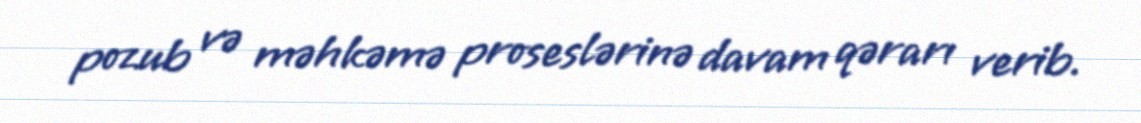
pozub və məhkəmə proseslərinə davam qərarı verib.